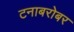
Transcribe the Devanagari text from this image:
टनाबरोबर